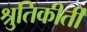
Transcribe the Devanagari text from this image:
श्रुतिकीर्ती